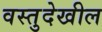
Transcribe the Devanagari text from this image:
वस्तुदेखील